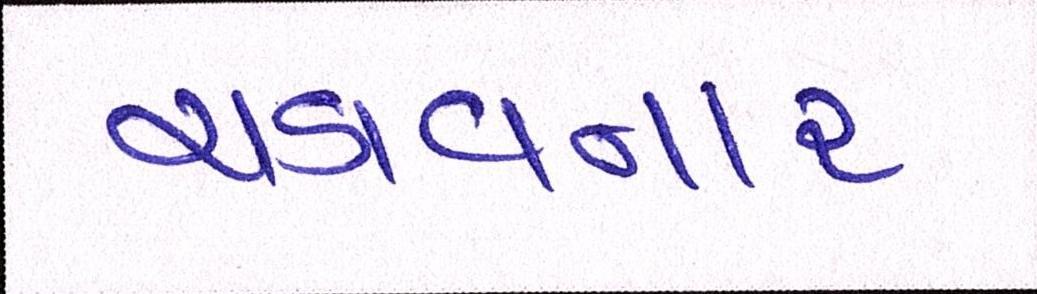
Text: ચડાવનારા